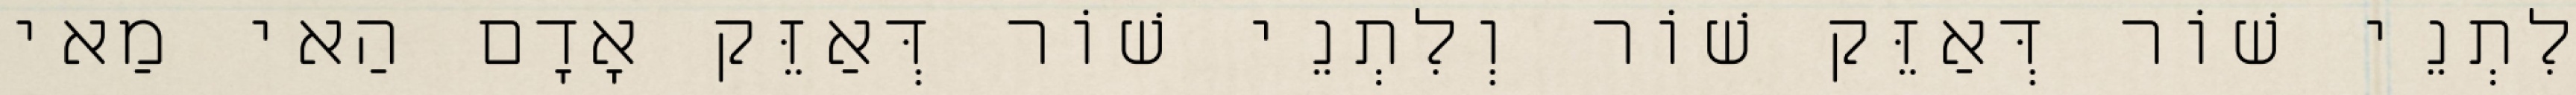
לִתְנֵי שׁוֹר דְּאַזֵּק שׁוֹר וְלִתְנֵי שׁוֹר דְּאַזֵּק אָדָם הַאי מַאי